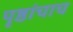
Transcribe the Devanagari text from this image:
पृष्ठांचाच